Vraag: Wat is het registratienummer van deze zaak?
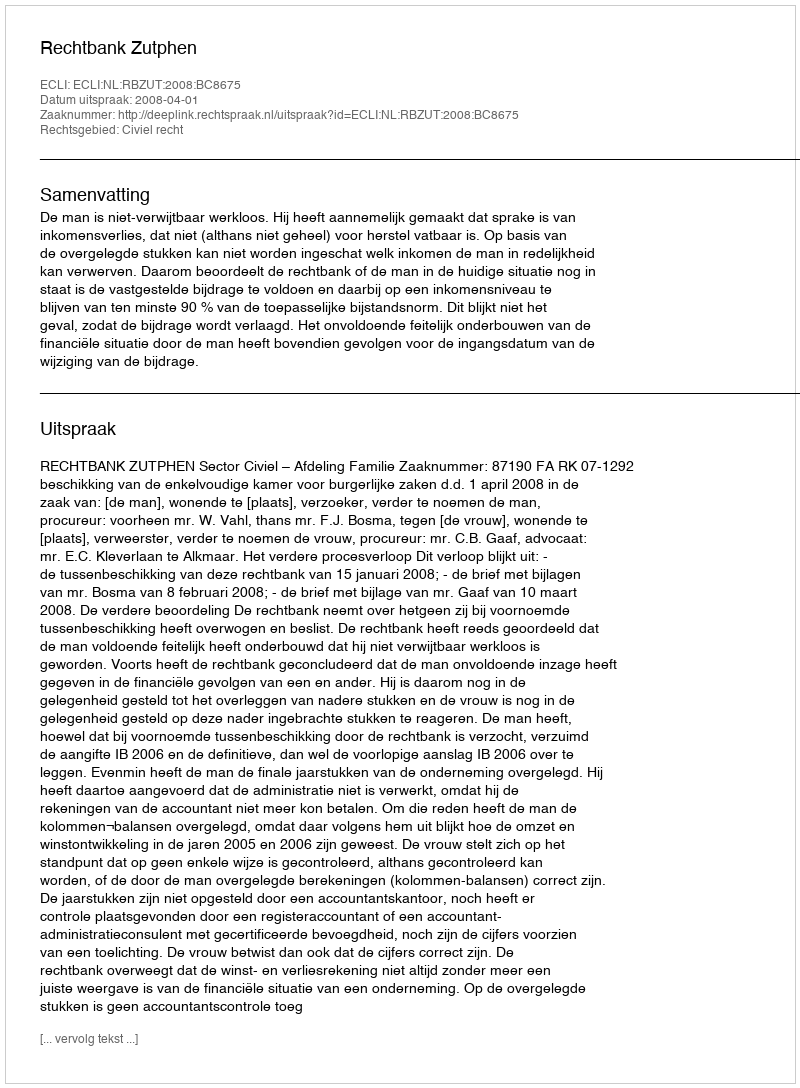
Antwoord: http://deeplink.rechtspraak.nl/uitspraak?id=ECLI:NL:RBZUT:2008:BC8675